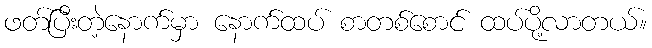
ဖတ်ပြီးတဲ့နောက်မှာ နောက်ထပ် စာတစ်စောင် ထပ်ပို့လာတယ်။